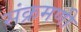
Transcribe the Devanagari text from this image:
संक्रमणी